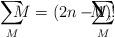
LaTeX: \begin{align*}\sum_{\substack{M \\ }} \!\!\!\!\! M=(2n-1)! \!\!\!\!\!\!\!\!\!\!\sum_{\substack{M \\ }} \!\!\!\!\!\!\!\!\!\! M, \end{align*}